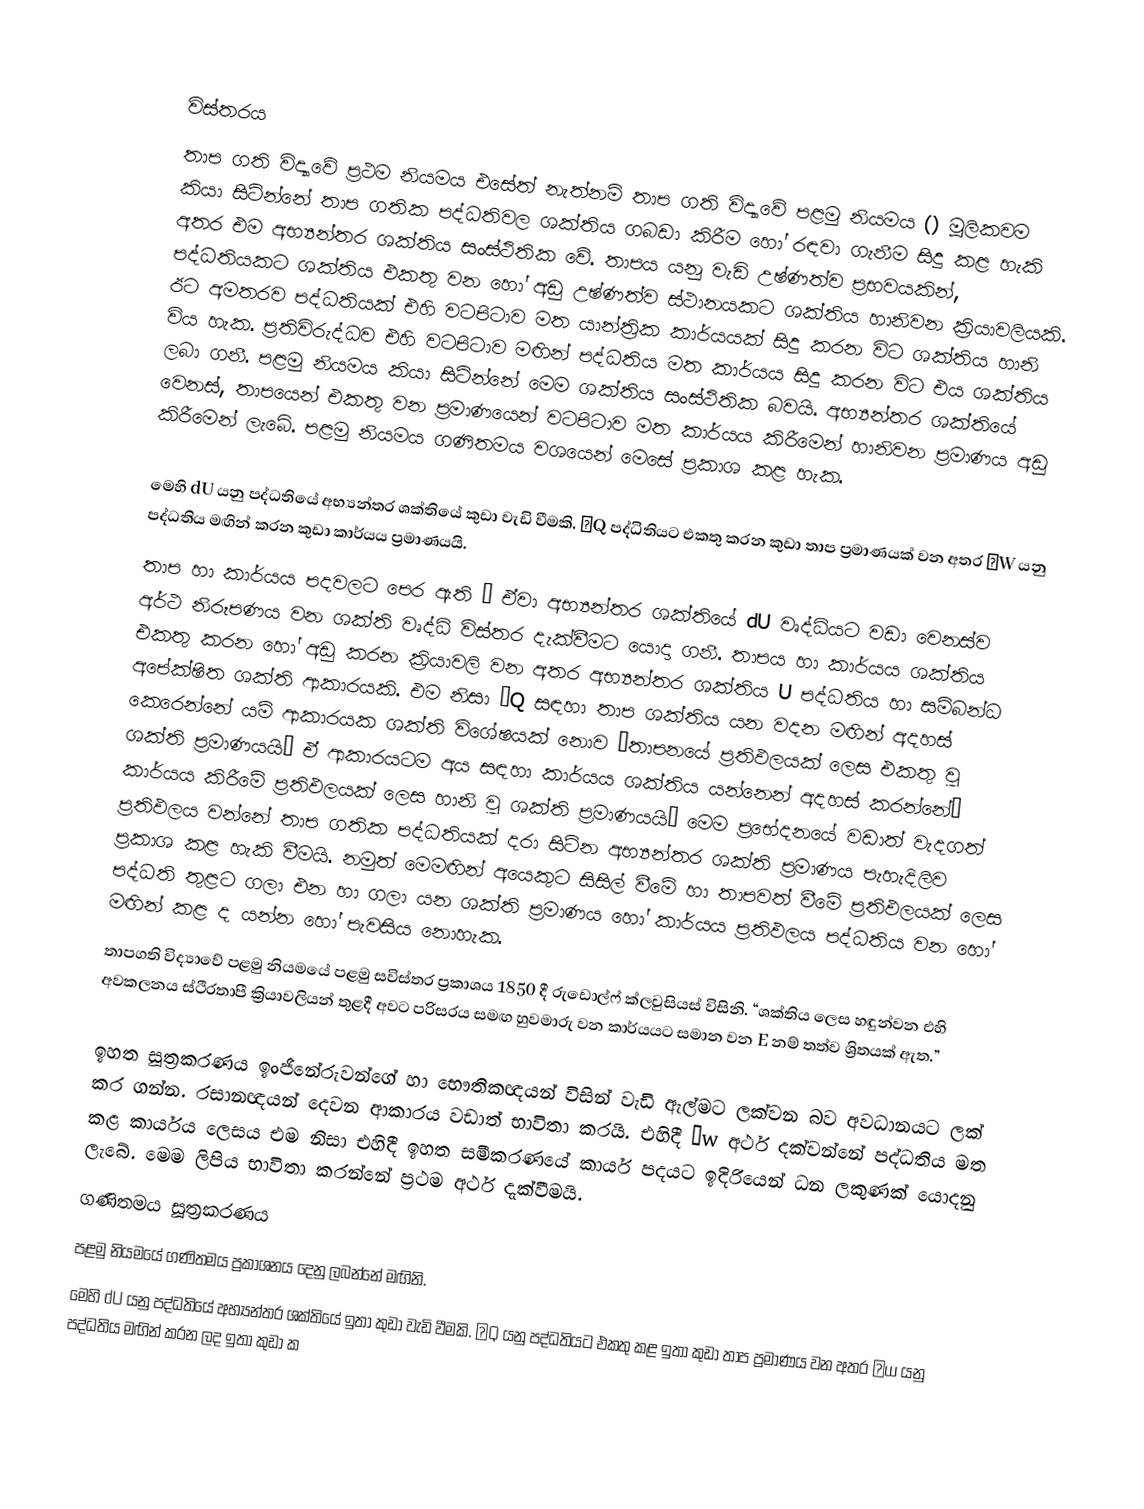

විස්තරය
තාප ගති විද්‍යාවේ ප්‍රථම නියමය එසේත් නැත්නම් තාප ගති විද්‍යාවේ පළමු නියමය () මූලිකවම කියා සිටින්නේ තාප ගතික පද්ධතිවල ශක්තිය ගබඩා කිරීම හෝ රඳවා ගැනීම සිදු කළ හැකි අතර එම අභ්‍යන්තර ශක්තිය සංස්ථිතික වේ. තාපය යනු වැඩි උෂ්ණත්ව ප්‍රභවයකින්, පද්ධතියකට ශක්තිය එකතු වන හෝ අඩු උෂ්ණත්ව ස්ථානයකට ශක්තිය හානිවන ක්‍රියාවලියකි. ඊට අමතරව පද්ධතියක් එහි ව‍ටපිටාව මත යාන්ත්‍රික කාර්යයක් සිදු කරන විට ශක්තිය හානි විය හැක. ප්‍රතිවිරුද්ධව එහි වටපිටාව මඟින් පද්ධතිය මත කාර්යය සිදු කරන විට එය ශක්තිය ලබා ගනී. පළමු නියමය කියා සිටින්නේ මෙම ශක්තිය සංස්ථිතික බවයි. අභ්‍යන්තර ශක්තියේ වෙනස්, තාපයෙන් එකතු වන ප්‍රමාණයෙන් වටපිටාව මත කාර්යය කිරීමෙන් හානිවන ප්‍රමාණය අඩු කිරීමෙන් ලැබේ. පළමු නියමය ගණිතමය වශයෙන් මෙසේ ප්‍රකාශ කළ හැක.

මෙහි dU  යනු පද්ධතියේ අභ්‍යන්තර ශක්තියේ කුඩා වැඩි වීමකි. δQ පද්ධිතියට එකතු කරන කුඩා තාප ප්‍රමාණයක් වන අතර δW යනු පද්ධතිය මඟින් කරන කුඩා කාර්යය ප්‍රමාණයයි.
තාප හා කාර්යය පදවලට පෙර ඇති δ ඒවා අභ්‍යන්තර ශක්තියේ dU  වෘද්ධියට වඩා වෙනස්ව අර්ථ නිරූපණය වන ශක්ති වෘද්ධි විස්තර දැක්වීමට යොදා ගනී. තාපය හා කාර්යය ශක්තිය එකතු කරන හෝ අඩු කරන ක්‍රියාවලි වන අතර අභ්‍යන්තර ශක්තිය U පද්ධතිය හා සම්බන්ධ අපේක්ෂිත ශක්ති ආකාරයකි. එම නිසා δQ  සඳහා තාප ශක්තිය යන වදන මඟින් අදහස් කෙරෙන්නේ යම් ආකාරයක ශක්ති විශේෂයක් නොව “තාපනයේ ප්‍රතිඵලයක් ලෙස එකතු වූ ශක්ති ප්‍රමාණයයි” ඒ ආකාරයටම අය සඳහා කාර්යය ශක්තිය යන්නෙන් අදහස් කරන්නේ” කාර්යය කිරීමේ ප්‍රතිඵලයක් ලෙස හානි වූ ශක්ති ප්‍රමාණයයි” මෙම ප්‍රභේදනයේ වඩාත් වැදගත් ප්‍රතිඵලය වන්නේ තාප ගතික පද්ධතියක් දරා සිටින අභ්‍යන්තර ශක්ති ප්‍රමාණය පැහැදිලිව ප්‍රකාශ කළ හැකි වීමයි. නමුත් මෙමඟින් අයෙකුට සිසිල් වීමේ හා තාපවත් වීමේ ප්‍රතිඵලයක් ලෙස පද්ධති තුළට ගලා එන හා ගලා යන ශක්ති ප්‍රමාණය හෝ කාර්යය ප්‍රතිඵලය පද්ධතිය වන හෝ මඟින් කළ ද යන්න හෝ පැවසිය නොහැක.
තාපගති විද්‍යාවේ පළමු නියමයේ පළමු සවිස්තර ප්‍රකාශය 1850 දී රුඩොල්ෆ් ක්ලවුසියස් විසිනි. “ශක්තිය ලෙස හඳුන්වන එහි අවකලනය ස්ථිරතාපී ක්‍රියාවලියන් තුළදී අවට පරිසරය සමඟ හුවමාරු වන කාර්යයට සමාන වන E නම් තත්ව ශ්‍රිතයක් ඇත.”

ඉහත සූත්‍රකරණය ඉංජිනේරුවන්ගේ හා භෞතිකඥයන් විසින් වැඩි ඇල්මට ලක්වන බව අවධානයට ලක් කර ගන්න. රසානඥයන් දෙවන ආකාරය වඩාත් භාවිතා කරයි. එහිදී δw අර්ථ දක්වන්නේ පද්ධතිය මත කළ කාර්යය ලෙසය එම නිසා එහිදී ඉහත සමීකරණයේ කාර්ය පදයට ඉදිරියෙන් ධන ලකුණක් යොදනු ලැබේ. මෙම ලිපිය භාවිතා කරන්නේ ප්‍රථම අර්ථ දැක්වීමයි.
ගණිතමය සූත්‍රකරණය
පළමු නියමයේ ගණිතමය ප්‍රකාශනය දෙනු ලබන්නේ මඟිනි.
මෙහි dU යනු පද්ධතියේ අභ්‍යන්තර ශක්තියේ ඉතා කුඩා වැඩි වීමකි. δQ යනු පද්ධතියට එකතු කළ ඉතා කුඩා තාප ප්‍රමාණය වන අතර δw යනු පද්ධතිය මඟින් කරන ලද ඉතා කුඩා ක